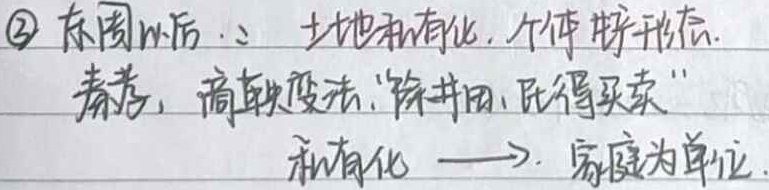
\textcircled{2} 东周以后：土地私有化，个体耕形态。秦孝公时，商鞅变法，“除井田，民得买卖”，私有化 → 家庭为单位